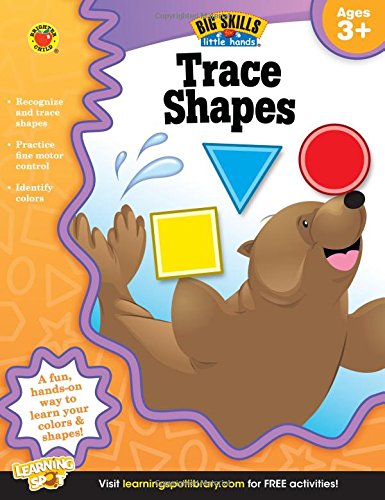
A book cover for Trace Shapes Workbook, Grades Preschool - K (Big Skills for Little HandsÂ®); Children's Books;